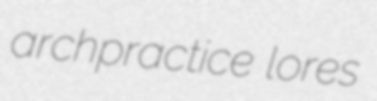
archpractice lores